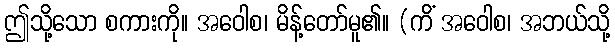
ဤသို့သော စကားကို။ အဝေါစ၊ မိန့်တော်မူ၏။ (ကိံ အဝေါစ၊ အဘယ်သို့